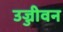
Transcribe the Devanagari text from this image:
उज्जीवन